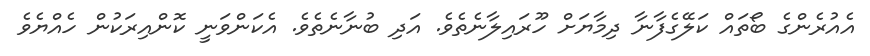
އެއުރެންގެ ބޯތައް ކަލޭގެފާނާ ދިމާޔަށް ހޫރައިލާނެތެވެ. އަދި ބުނާނެތެވެ. އެކަންވަނީ ކޮންއިރަކުން ހެއްޔެވެ